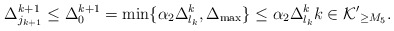
\begin{align*}\Delta^{k+1}_{j_{k+1}}\leq \Delta^{k+1}_0=\min\{\alpha_2\Delta^k_{l_k} ,\Delta_{\max}\}\leq \alpha_2\Delta^k_{l_k}k\in\mathcal{K'}_{\geq M_5}.\end{align*}